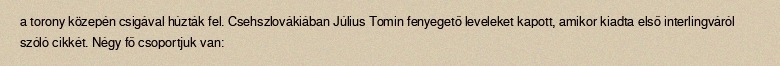
a torony közepén csigával húzták fel. Csehszlovákiában Július Tomin fenyegető leveleket kapott, amikor kiadta első interlingváról szóló cikkét. Négy fő csoportjuk van: